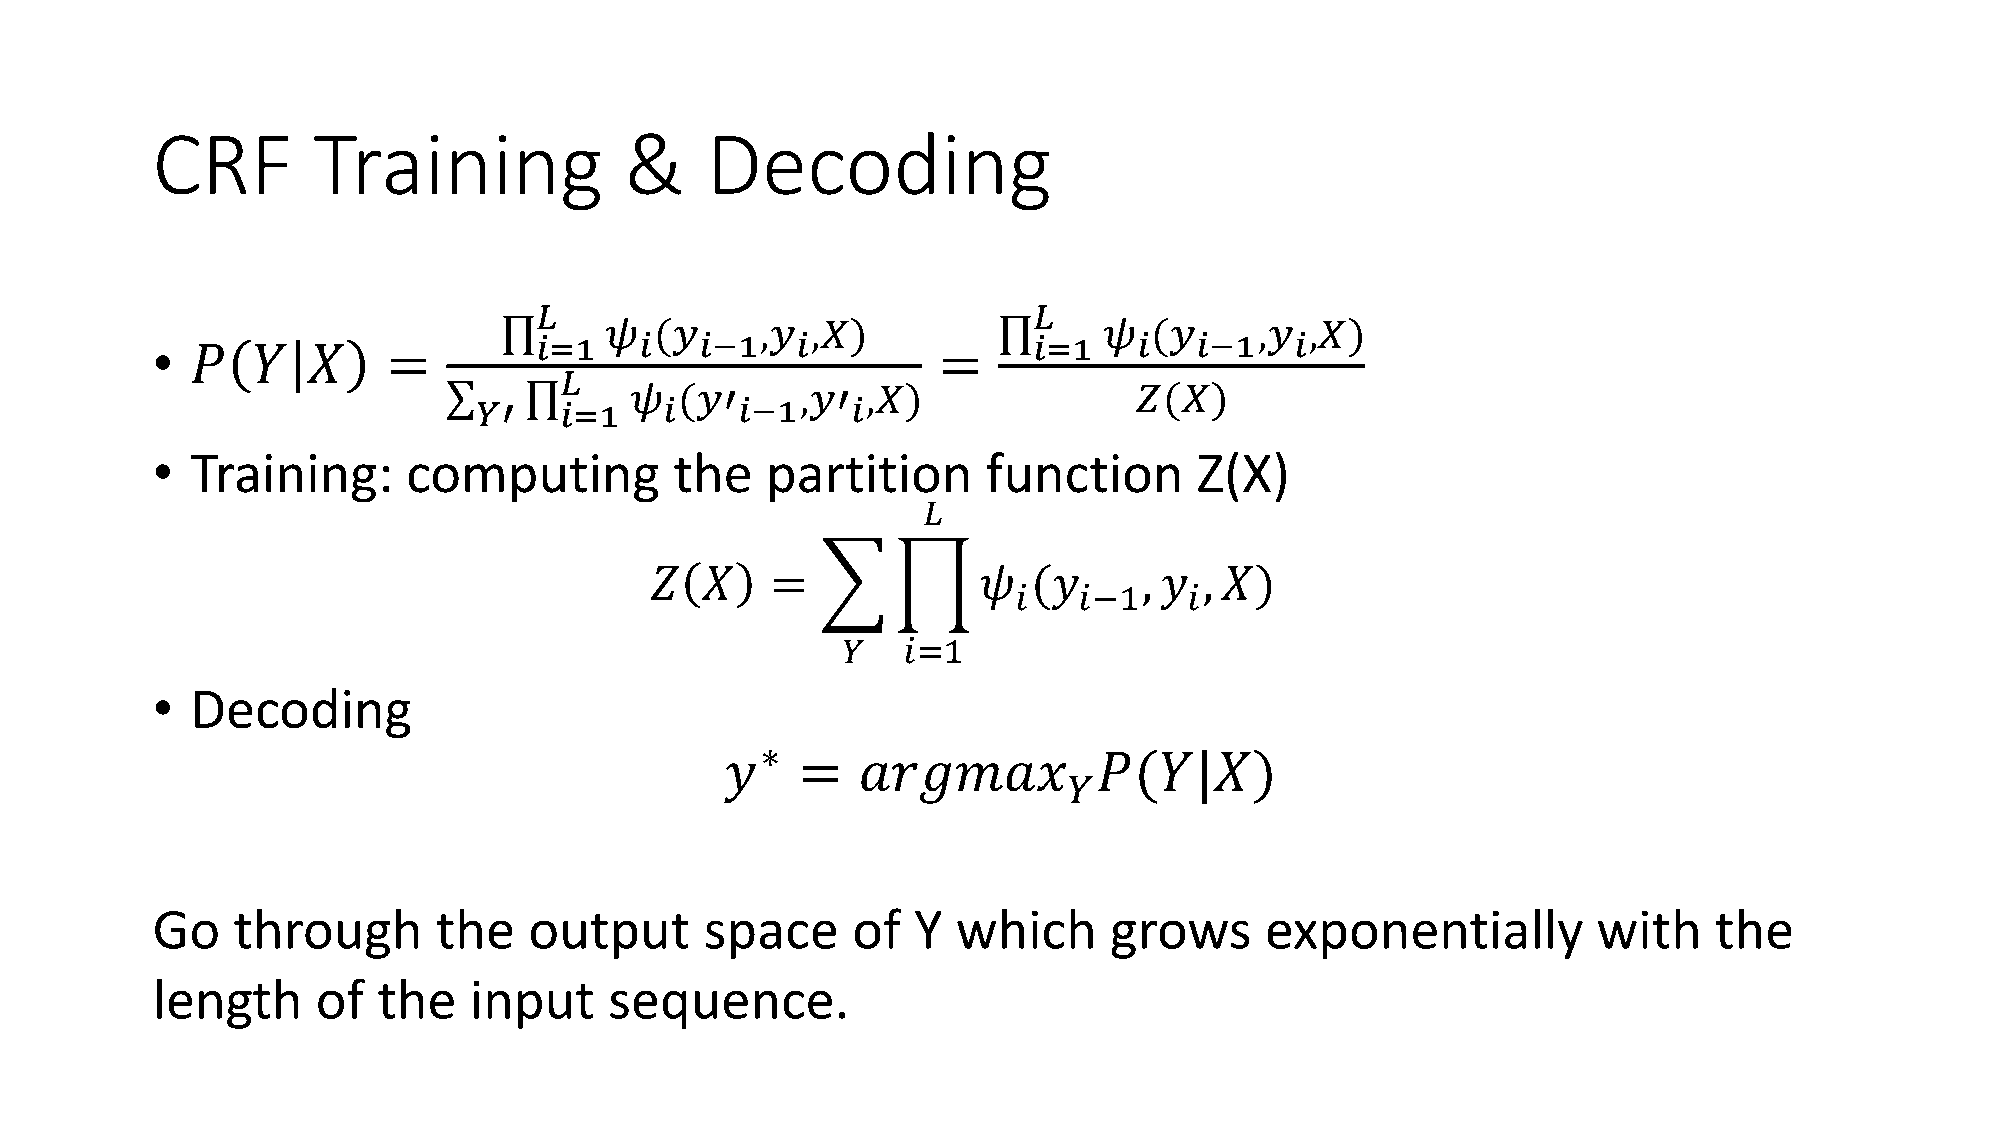
CRF        Training            &     Decoding
 𝐿                                𝐿
 𝜓  (𝑦     ,𝑦  ,𝑋)                𝜓  (𝑦     ,𝑦  ,𝑋)
 •  𝑃   𝑌  𝑋     =        𝑖=1    𝑖   𝑖−1    𝑖        =     𝑖=1    𝑖   𝑖−1    𝑖
 𝐿
 𝜓  (𝑦′     ,𝑦′ ,𝑋)               𝑍(𝑋)
 𝑌′   𝑖=1    𝑖    𝑖−1    𝑖
 •  Training:     computing         the   partition     function      Z(X)
 𝐿
 𝑍  𝑋    =             𝜓  (𝑦      , 𝑦 , 𝑋)
 𝑖   𝑖−1     𝑖
 𝑌   𝑖=1
 •  Decoding
 ∗
 𝑦    =   𝑎𝑟𝑔𝑚𝑎𝑥          𝑃(𝑌|𝑋)
 𝑌
 Go   through       the   output      space    of  Y  which     grows      exponentially         with   the
 length     of  the   input    sequence.